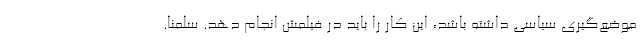
موضع‌گیری سیاسی داشته باشد، این کار را باید در فیلمش انجام دهد. سلمنا.